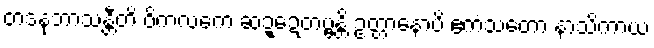
တဒနုဘာသန္တီတိ ဝိကလကေ ဆဍ္ဍေတဗ္ဗန္တိ ဥတ္တာနောပိ ဧကံသတော နာသိကာယ